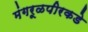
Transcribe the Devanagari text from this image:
मंगरूळपीरकडे